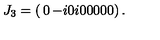
J _ { 3 } = \left( \begin{matrix} { 0 } & { - i } & { 0 } \\ { i } & { 0 } & { 0 } \\ { 0 } & { 0 } & { 0 } \\ \end{matrix} \right) .